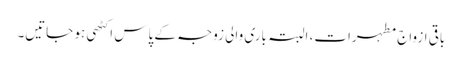
باقی ازواج مطہرات، البتہ باری والی زوجہ کے پاس اکٹھی ہو جاتیں۔